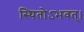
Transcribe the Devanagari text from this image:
स्थितोऽभवत्‌।